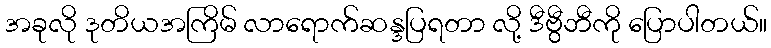
အခုလို ဒုတိယအကြိမ် လာရောက်ဆန္ဒပြရတာ လို့ ဒီဗွီဘီကို ပြောပါတယ်။